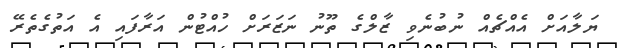
ޔަލާއަށް އެއްޗެއް ނުބުނެވި ޒާލްގެ ތޫނު ނަޒަރަށް ހުއްޓުން އަރާފައި އެ އަތުގެތެރޭ